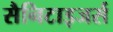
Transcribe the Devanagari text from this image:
सैनिटाइजर्स